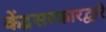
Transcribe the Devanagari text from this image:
केंद्रसरकारद्वारे